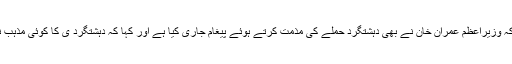
یاد رہے کہ وزیراعظم عمران خان نے بھی دہشتگرد حملے کی مذمت کرتے ہوئے پیغام جاری کیا ہے اور کہا کہ دہشتگرد ی کا کوئی مذہب نہیں ہوتا ۔